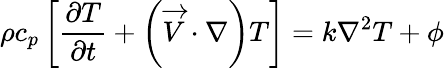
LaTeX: \rho c_{p}\left[\frac{\partial T}{\partial t}+\left(\overrightarrow{V}\cdot\nabla\right)T\right]=k\nabla^{2}T+\phi